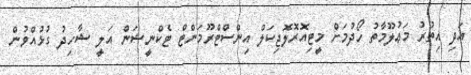
އަދި އިތުރު މަޢުލޫމާތު ހޯދުމަށް މީޓިއޮރޮލޮޖިކަލް އިންސްޓްރޫމަންޓް ޓެކްނީޝަން އަލީ ޝާހިދު ގުޅުއްވުން